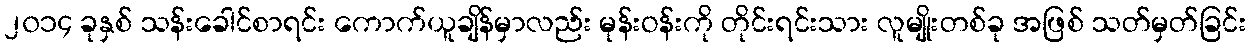
၂၀၁၄ ခုနှစ် သန်းခေါင်စာရင်း ကောက်ယူချိန်မှာလည်း မုန်းဝန်းကို တိုင်းရင်းသား လူမျိုးတစ်ခု အဖြစ် သတ်မှတ်ခြင်း